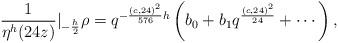
LaTeX: \begin{align*} \frac{1}{\eta^{h}(24z)}|_{-\frac{h}{2}} \rho=q^{-\frac{(c,24)^2}{576}h}\left(b_0+b_1q^{\frac{(c,24)^2}{24}}+\cdots\right),\end{align*}